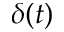
\delta ( t )